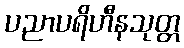
ပညာပရိဟီနသုတ္တ